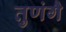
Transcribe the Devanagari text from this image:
तुणंगै